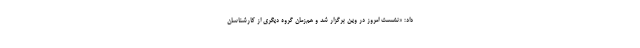
داد: «نشست امروز در وین برگزار شد و هم‌زمان گروه دیگری از کارشناسان